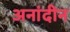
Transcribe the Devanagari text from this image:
अनांदीन